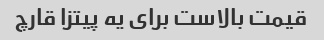
قیمت بالاست برای یه پیتزا قارچ